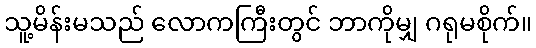
သူ့မိန်းမသည် လောကကြီးတွင် ဘာကိုမျှ ဂရုမစိုက်။